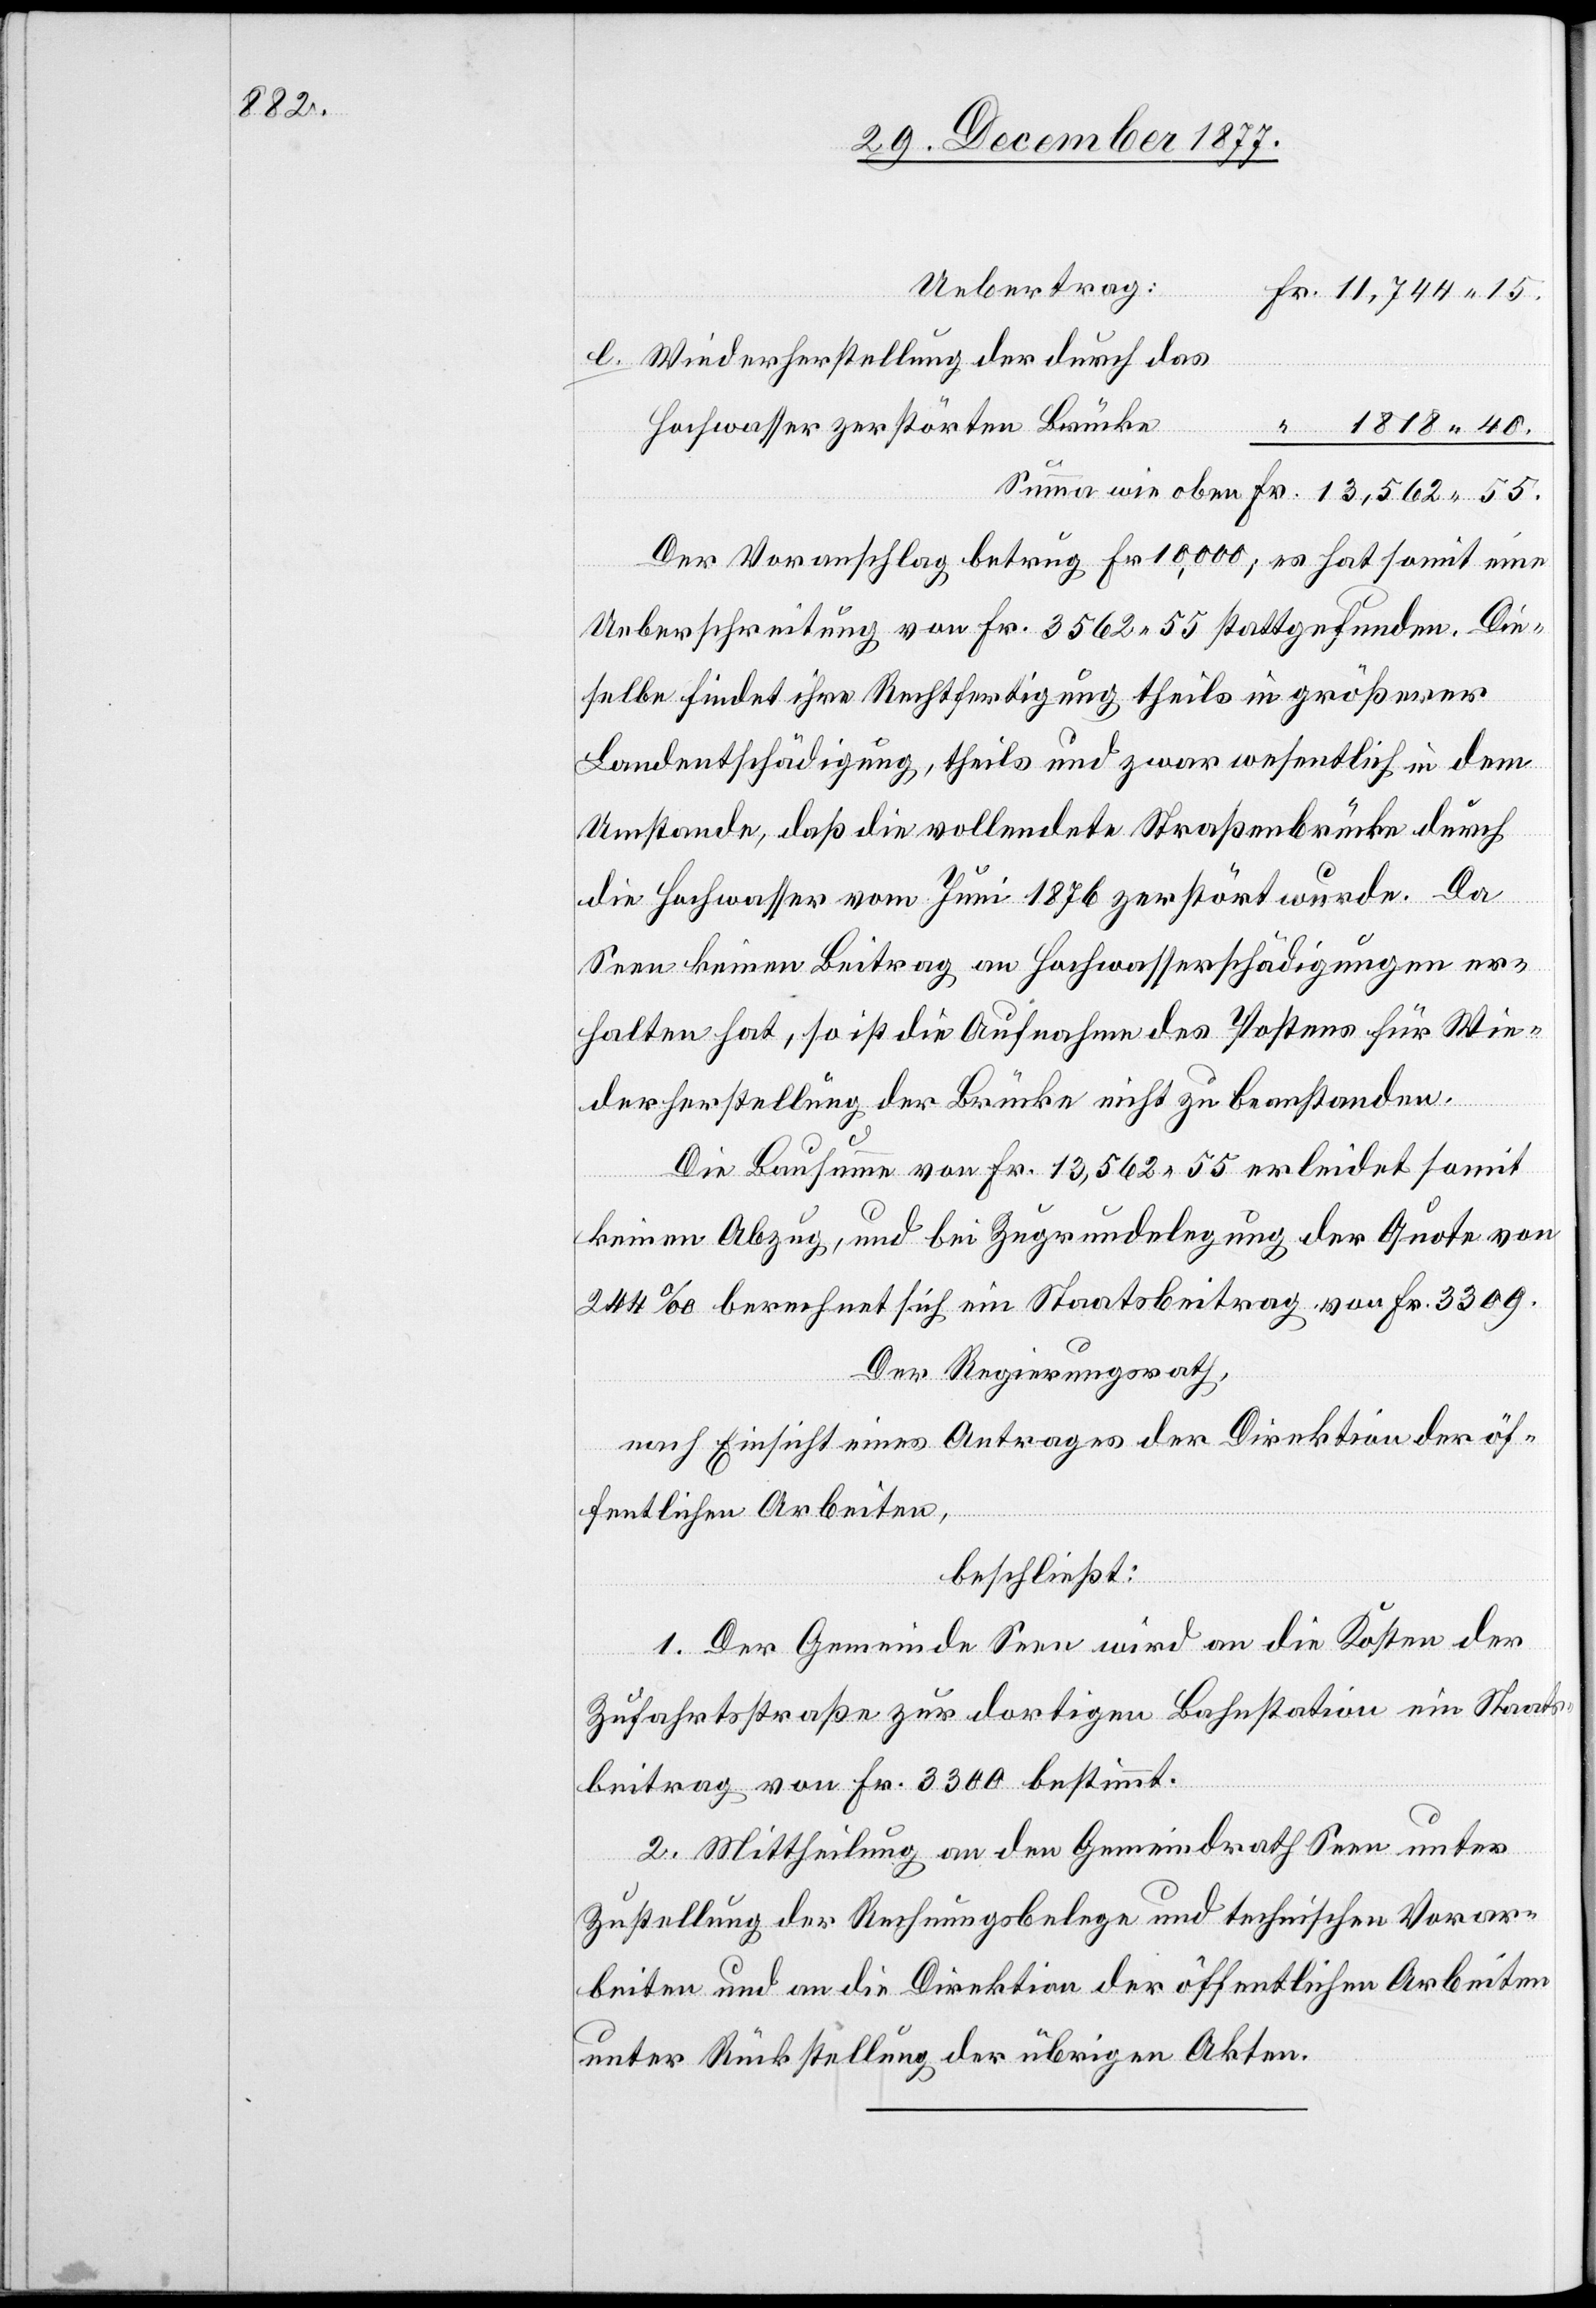
Uebertrag:
55.
Fr. 11,744 15.
Wiederherstellung der durch das
Hochwasser zerstörten Brücke
“ 1818 40.
Der Voranschlag betrug Fr. 10,000; es hat somit eine
Ueberschreitung von Fr. 3562 55 stattgefunden. Die¬
selbe findet ihre Rechtfertigung theils in größerer
Landentschädigung, theils und zwar wesentlich in dem
Umstande, daß die vollendete Straßenbrücke durch
die Hochwasser vom Juni 1876 zerstört wurde. Da
Seen keinen Beitrag an Hochwasserschädigungen er¬
halten hat, so ist die Aufnahme des Postens für Wie¬
oben
derherstellung der Brücke nicht zu beanstanden.
Die Bausumme von Fr. 13,562 55 erleidet somit
keinen Abzug, und bei Zugrundelegung der Quote von
244‰ berechnet sich ein Staatsbeitrag von Fr. 3309.
Der Regierungsrath,
nach Einsicht eines Antrages der Direktion der öf¬
fentlichen Arbeiten,
beschließt:
1. Der Gemeinde Seen wird an die Kosten der
Fr.
Zufahrtsstraße zur dortigen Bahnstation ein Staats¬
beitrag von Fr. 3300 bestimmt.
2. Mittheilung an den Gemeindrath Seen unter
Zustellung der Rechnungsbelege und technischen Vorar¬
beiten und an die Direktion der öffentlichen Arbeiten
unter Rückstellung der übrigen Akten.